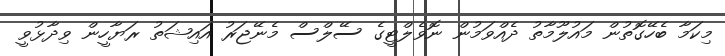
މިކަމާ ބެހޭގޮތުން މައުލޫމާތު ދެއްވަމުން ނޮވެލްޓީގެ ސޭލްސް މެނޭޖަރު އައިޝަތު ރަޔާހީން ވިދާޅުވީ